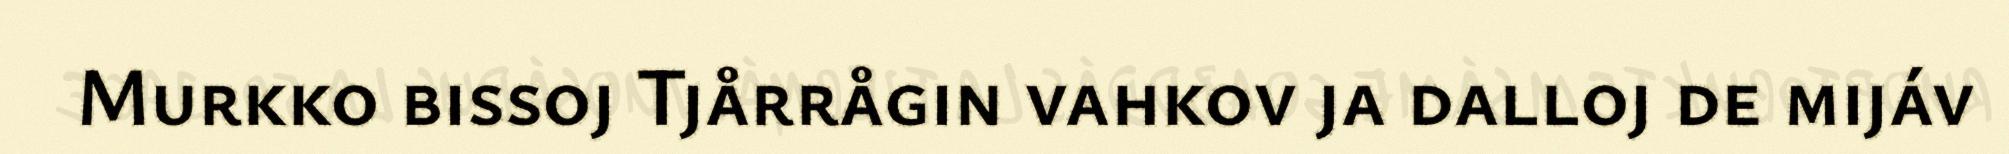
Murkko bissoj Tjårrågin vahkov ja dalloj de mijáv